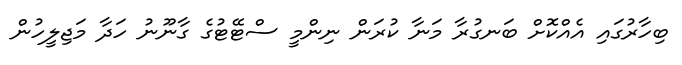
ބިހާރުގައި އެއްކޮށް ބަނގުރާ މަނާ ކުރަން ނިންމީ ސްޓޭޓުގެ ގާނޫނު ހަދާ މަޖިލީހުން